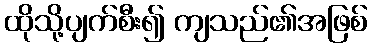
ထိုသို့ပျက်စီး၍ ကျသည်၏အဖြစ်